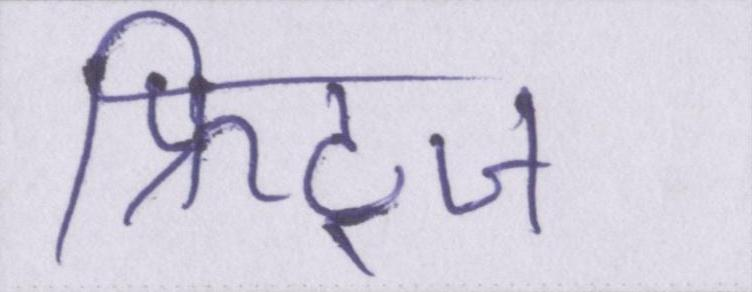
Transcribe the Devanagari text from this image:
फ्रिट्ज